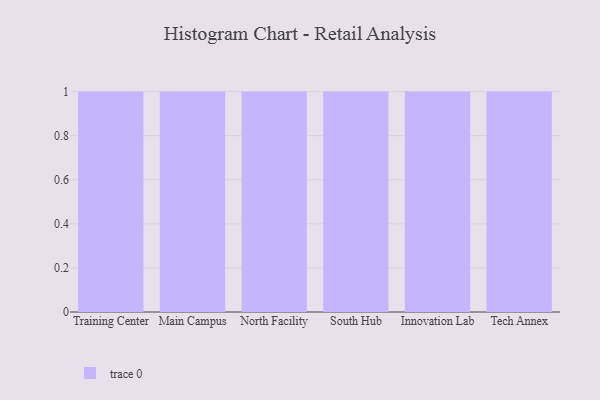
{"axis": {"x": "Campus", "y": "Website Visitors"}, "legend": [""], "data": [{"x": "Training Center", "y": 39, "type": ""}, {"x": "Main Campus", "y": 81, "type": ""}, {"x": "North Facility", "y": 9, "type": ""}, {"x": "South Hub", "y": 48, "type": ""}, {"x": "Innovation Lab", "y": 83, "type": ""}, {"x": "Tech Annex", "y": 34, "type": ""}]}